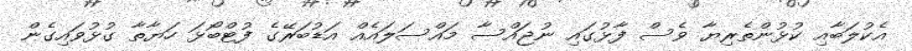
އެކުލަބާއި ކުޅުންތެރިޔާ ވެސް ފާޅުގައި ނުޖައްސާ މައްސަލައެއް އަޑުބަރޭގެ ފުޓްބޯޅަ ހަޔާތާ ގުޅުވައިގެން